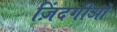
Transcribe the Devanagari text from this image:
ज़िंदगीओ